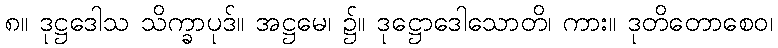
၈။ ဒုဋ္ဌဒေါသ သိက္ခာပုဒ်။ အဋ္ဌမေ၊ ၌။ ဒုဋ္ဌောဒေါသောတိ၊ ကား။ ဒုတိတောစေဝ၊